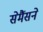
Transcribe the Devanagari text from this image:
सेमैंसने